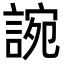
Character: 䛷